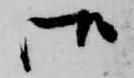
御